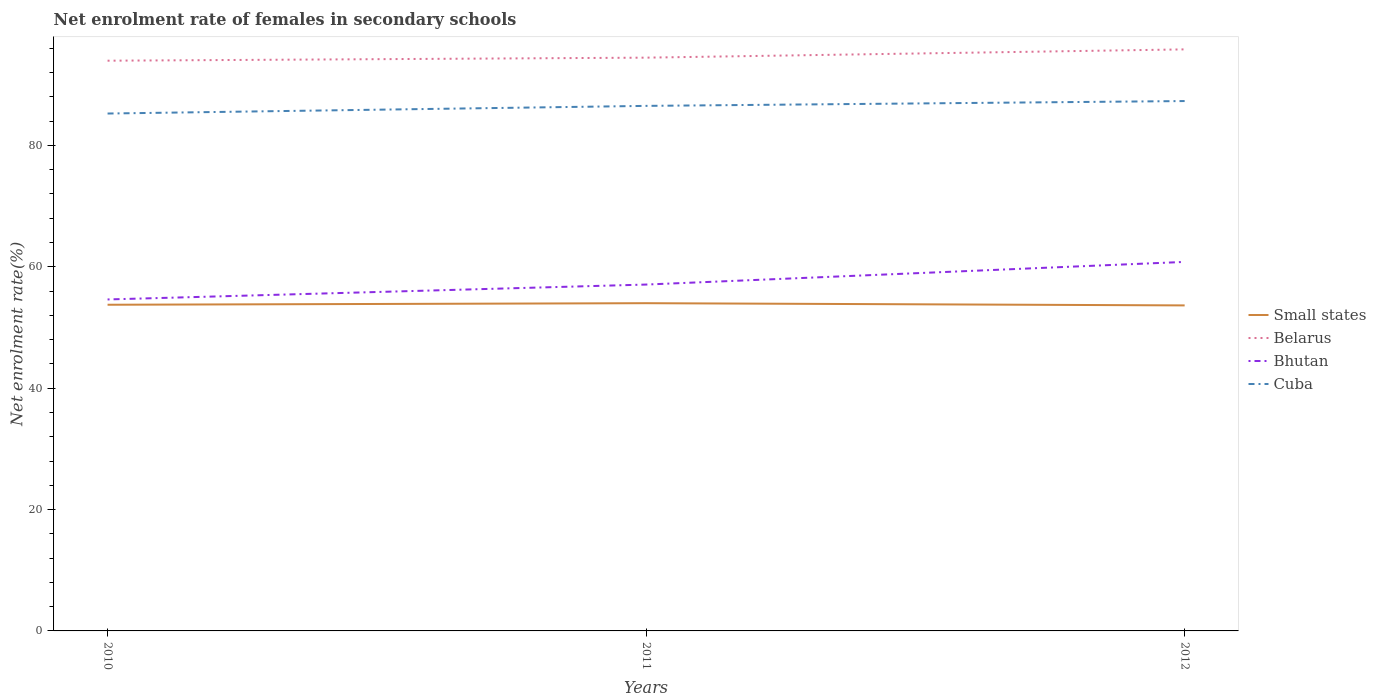
| Years | Small states | Belarus | Bhutan | Cuba |
 | --- | --- | --- | --- | --- |
 | 2010 | 53.7 | 94 | 54.6 | 85.3 |
 | 2011 | 54 | 94.5 | 57.1 | 86.5 |
 | 2012 | 53.6 | 95.8 | 60.8 | 87.3 |